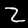
Label: 2